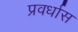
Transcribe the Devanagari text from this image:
प्रवर्धास